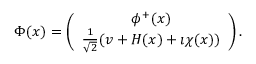
\begin{array} { r } { \Phi ( x ) = \left( \begin{array} { c } { \phi ^ { + } ( x ) } \\ { \frac { 1 } { \sqrt { 2 } } ( v + H ( x ) + \imath \chi ( x ) ) } \end{array} \right) . } \end{array}